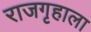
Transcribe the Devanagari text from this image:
राजगृहाला